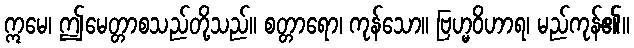
ဣမေ၊ ဤမေတ္တာစသည်တို့သည်။ စတ္တာရော၊ ကုန်သော။ ဗြဟ္မဝိဟာရ၊ မည်ကုန်၏။